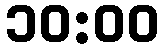
၁၀:၀၀